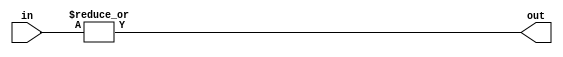
module four_input_or_gate (
    input [3:0] in,
    output out
);

assign out = |in;

endmodule